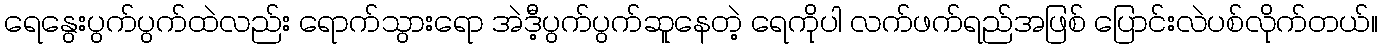
ရေနွေးပွက်ပွက်ထဲလည်း ရောက်သွားရော အဲဒီ့ပွက်ပွက်ဆူနေတဲ့ ရေကိုပါ လက်ဖက်ရည်အဖြစ် ပြောင်းလဲပစ်လိုက်တယ်။